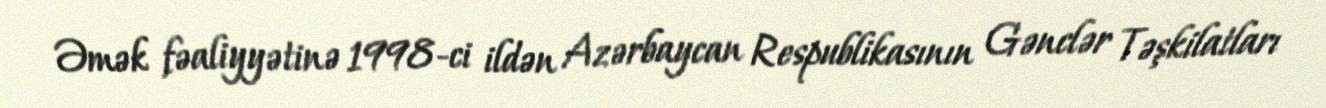
Əmək fəaliyyətinə 1998-ci ildən Azərbaycan Respublikasının Gənclər Təşkilatları